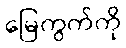
မြေကွက်ကို